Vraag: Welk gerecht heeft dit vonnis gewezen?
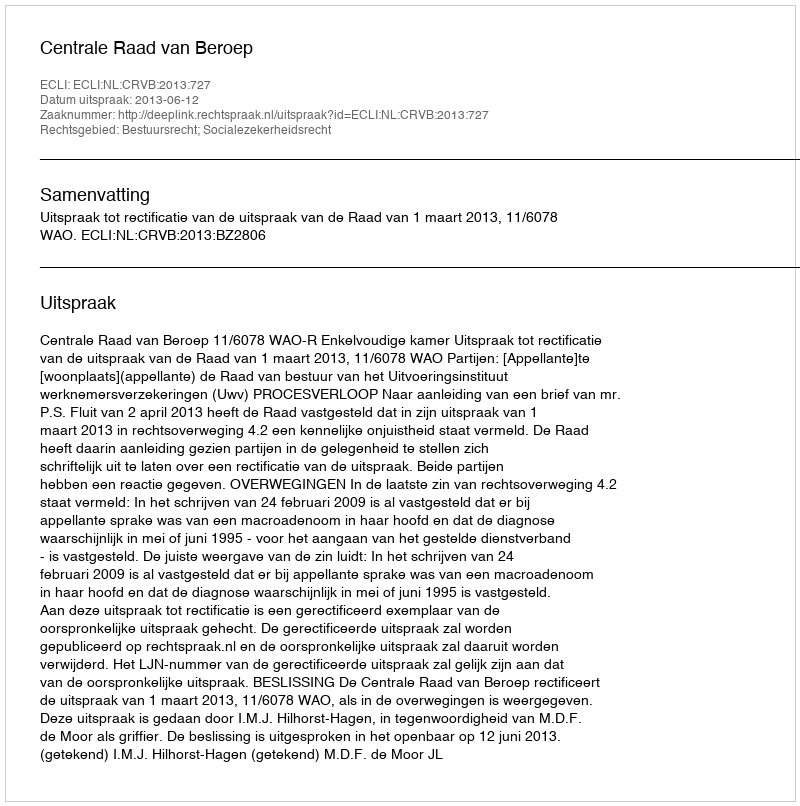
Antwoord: Centrale Raad van Beroep